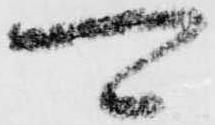
可